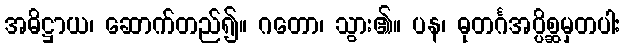
အဓိဋ္ဌာယ၊ ဆောက်တည်၍။ ဂတော၊ သွား၏။ ပန၊ ဓုတင်္ဂအပ္ပိစ္ဆမှတပါး